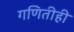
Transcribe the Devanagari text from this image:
गणितीही